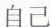
自己